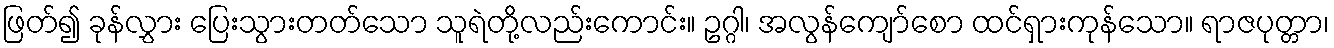
ဖြတ်၍ ခုန်လွှား ပြေးသွားတတ်သော သူရဲတို့လည်းကောင်း။ ဥဂ္ဂါ၊ အလွန်ကျော်စော ထင်ရှားကုန်သော။ ရာဇပုတ္တာ၊